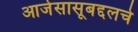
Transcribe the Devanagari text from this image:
आजेसासूबद्दलचे